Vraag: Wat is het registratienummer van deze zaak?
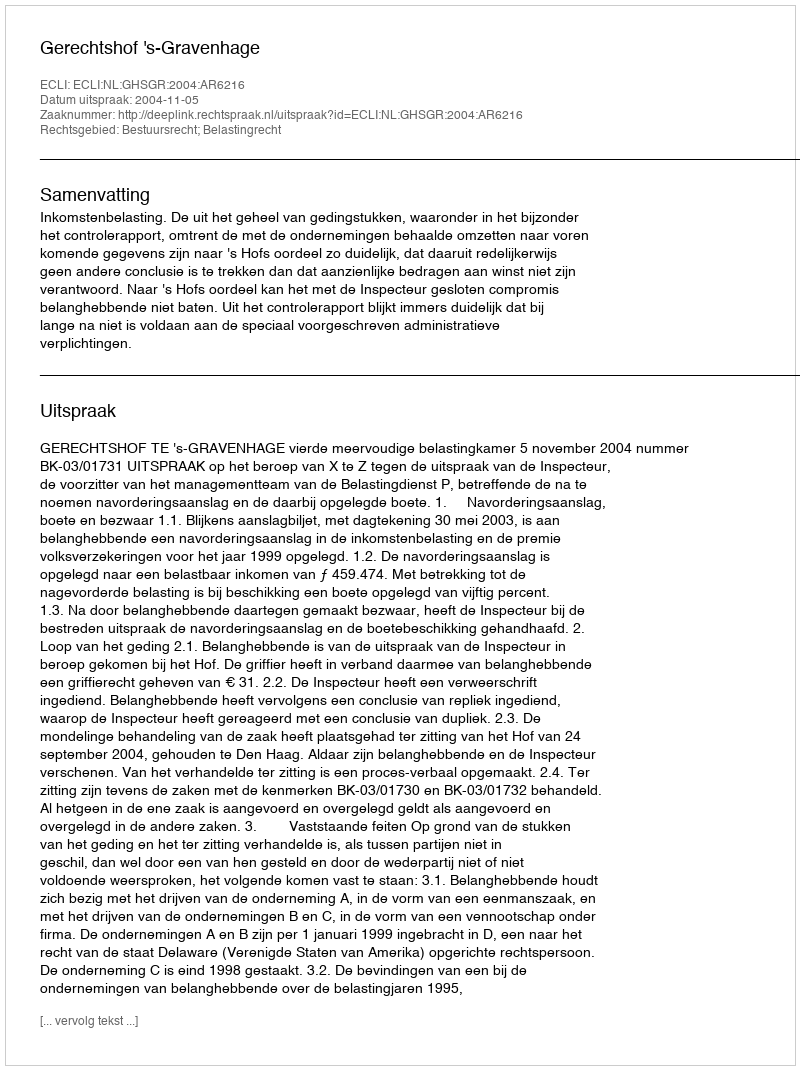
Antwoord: http://deeplink.rechtspraak.nl/uitspraak?id=ECLI:NL:GHSGR:2004:AR6216